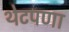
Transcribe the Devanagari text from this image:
थेटपणा